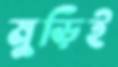
মুড়িই